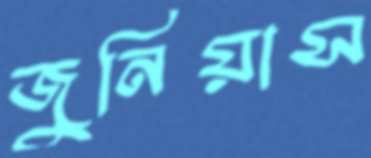
জুনিয়াস